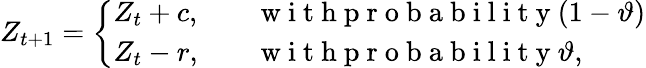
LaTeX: Z_{t+1}=\left\{ \begin{array}{ll}{Z_{t}+c,\quad}&{\mathrm{~w~i~t~h~p~r~o~b~a~b~i~l~i~t~y~}(1-\vartheta)}\\ {Z_{t}-r,}&{\mathrm{~w~i~t~h~p~r~o~b~a~b~i~l~i~t~y~}\vartheta,}\end{array}\right.